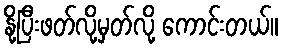
နို့ပြီးဖတ်လို့မှတ်လို့ ကောင်းတယ်။